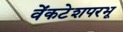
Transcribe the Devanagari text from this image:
वेंकटेशपरभू